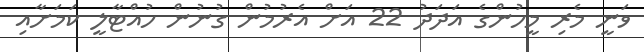
ވަނީ މެރި މީހުންގެ އަދަދު 22 އަށް އެރުމުން ގުނުން ހުއްޓާލީ ކަމަށާއި